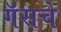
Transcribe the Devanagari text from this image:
गॅसचे